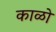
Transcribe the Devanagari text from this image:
काळो